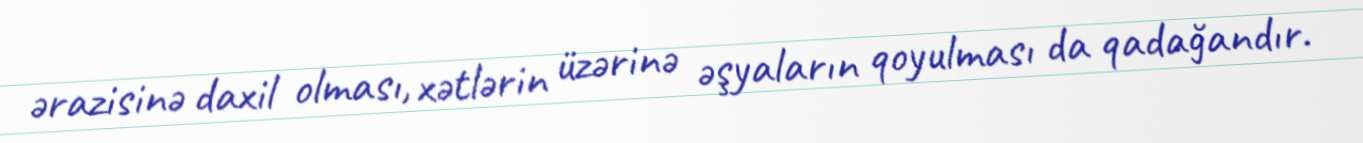
ərazisinə daxil olması, xətlərin üzərinə əşyaların qoyulması da qadağandır.